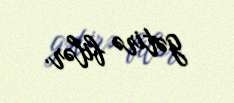
gətirə bilər.